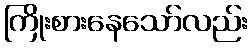
ကြိုးစားနေသော်လည်း